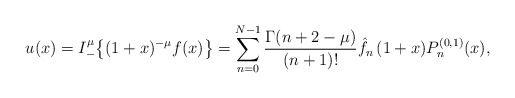
\begin{align*}u(x)=I_-^\mu \big\{(1+x)^{-\mu} f(x)\big\}= \sum_{n=0}^{N-1} \frac{\Gamma(n+2-\mu)}{(n+1)!} \hat f_n\,(1+x) P_n^{(0,1)}(x), \end{align*}